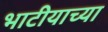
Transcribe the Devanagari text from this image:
भाटीयाच्या